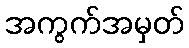
အကွက်အမှတ်